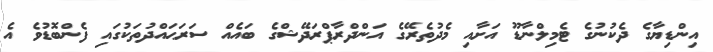
އިންޑިޔާގެ ދެކުނުގެ ޓެމިލްނާޑޫ އަށާއި މެދުތެރޭގެ އަންދްރާޕްރަދޭޝްގެ ބައެއް ސަރަޙައްދުތަކުގައި ފެންބޮޑުވެ އެ